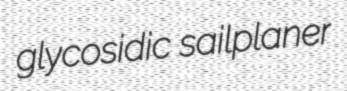
glycosidic sailplaner